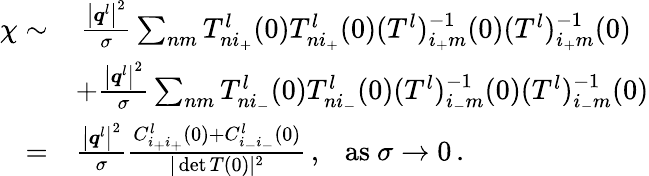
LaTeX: \begin{array}{rl}{\chi\sim}&{\, \frac{\big\vert\boldsymbol{q}^{l}\big\vert^{2}}{\sigma}\sum_{nm}{T_{ni_{+}}^{l}(0)T_{ni_{+}}^{l}(0)(T^{l})_{i_{+}m}^{-1}(0)(T^{l})_{i_{+}m}^{-1}(0)}}\\ &{+\frac{\big\vert\boldsymbol{q}^{l}\big\vert^{2}}{\sigma}\sum_{nm}{T_{ni_{-}}^{l}(0)T_{ni_{-}}^{l}(0)(T^{l})_{i_{-}m}^{-1}(0)(T^{l})_{i_{-}m}^{-1}(0)}}\\ {=}&{\frac{\big\vert\boldsymbol{q}^{l}\big\vert^{2}}{\sigma}\frac{C_{i_{+}i_{+}}^{l}(0)+C_{i_{-}i_{-}}^{l}(0)}{\vert\operatorname*{det}T(0)\vert^{2}}\, ,~~~\mathrm{as}~\sigma\rightarrow 0\, .}\end{array}